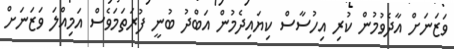
ވަޒަނަށް އާދެވުމުން ކުރި އިހުސާސް ކިޔައިދެމުން އަބްދު ބުނީ ފުރަތަމަވެސް އަމިއްލަ ވަޒަނަށް